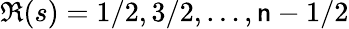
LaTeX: \Re(s)=1/2,3/2,\dots,\mathsf{n}-1/2